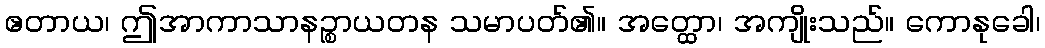
ဧတာယ၊ ဤအာကာသာနဉ္စာယတန သမာပတ်၏။ အတ္ထော၊ အကျိုးသည်။ ကောနုခေါ၊